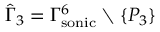
\hat { \Gamma } _ { 3 } = { \Gamma _ { \mathrm { { s o n i c } } } ^ { 6 } } \setminus \{ P _ { 3 } \}